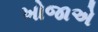
ખોજાએ